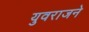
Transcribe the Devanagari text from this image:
युवराजने